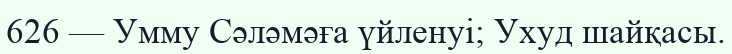
626 — Умму Сәләмәға үйленуі; Ухуд шайқасы.